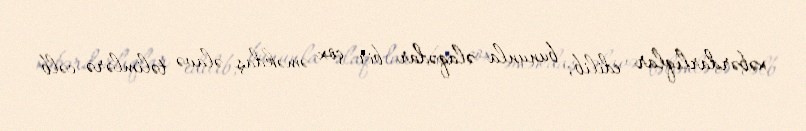
xəbərdarlıqlar edilib, bununla əlaqədar bir çox əməkdaş əlavə təlimlərə cəlb